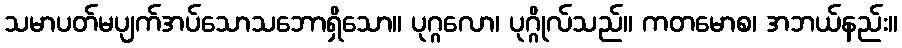
သမာပတ်မပျက်အပ်သောသဘောရှိသော။ ပုဂ္ဂလော၊ ပုဂ္ဂိုလ်သည်။ ကတမောစ၊ အဘယ်နည်း။